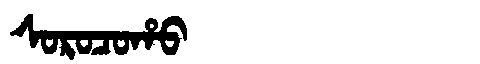
Manchu: ᠰᠣᡵᠣᠴᠣᡥᠣ
Romanization: SOROCOHO